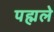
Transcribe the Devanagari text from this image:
पह्मले